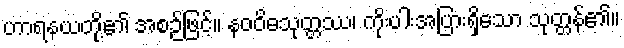
ဟာရနယတို့၏ အစဉ်ဖြင့်။ နဝဝိဓသုတ္တဿ၊ ကိုးပါးအပြားရှိသော သုတ္တန်၏။